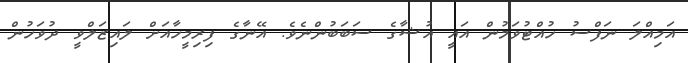
އަމިއްލަ ނަފްސު ހުއްޓުވަމުން އައީ އުޝާގެ ސަބަބުންނެވެ. އޭނާގެ ފިރިމީހާއަށް ލައިޒަލްވީ ދުވަހުން